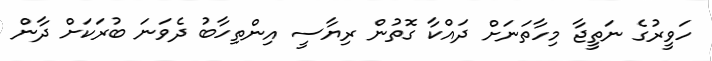
ހަވީރުގެ ނަތީޖާ މިހާތަނަށް ދައްކާ ގޮތުން ރިޔާސީ އިންތިހާބު ދެވަނަ ބުރަކަށް ދާން